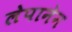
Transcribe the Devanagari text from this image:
लेपानेन